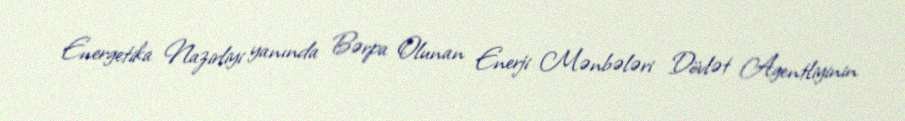
Energetika Nazirliyi yanında Bərpa Olunan Enerji Mənbələri Dövlət Agentliyinin